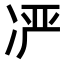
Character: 𫥍